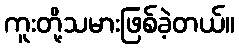
ကူးတို့သမားဖြစ်ခဲ့တယ်။